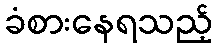
ခံစားနေရသည့်